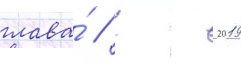
глава́ // С 2019